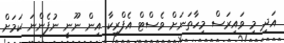
އަދި މި ވައިރަސް މިހާތަނަށް ވެސްޓް އެފްރިކާ އިން ނޫނީ ނުފެންނަ ކަމަށް